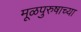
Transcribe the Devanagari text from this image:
मूळपुरुषाच्या